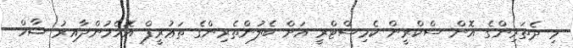
މި ދެތަރިންގެ އޮން ސްކްރީން ކެމިސްޓްރީ އަށް ބެލުންތެރިންގެ ތަޢުރީފް އޮހެމުންދާއިރު ޝާހް